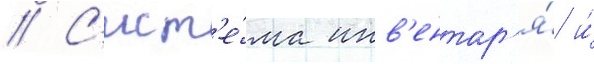
// С'ист'е́ма инв'ентар'я́ и́